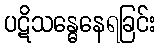
ပဋိသန္ဓေနေရခြင်း